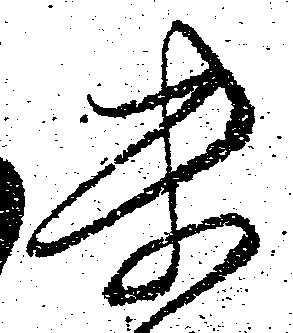
未